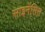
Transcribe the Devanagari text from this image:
साइनेंसिस